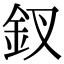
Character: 釵